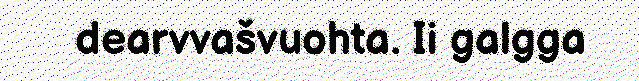
dearvvašvuohta. Ii galgga